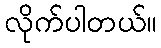
လိုက်ပါတယ်။